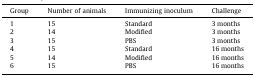
<table><thead><tr><td><b>Group</b></td><td><b>Number of animals</b></td><td><b>Immunizing inoculum</b></td><td><b>Challenge</b></td></tr></thead><tbody><tr><td>1</td><td>15</td><td>Standard</td><td>3 months</td></tr><tr><td>2</td><td>14</td><td>Modified</td><td>3 months</td></tr><tr><td>3</td><td>15</td><td>PBS</td><td>3 months</td></tr><tr><td>4</td><td>15</td><td>Standard</td><td>16 months</td></tr><tr><td>5</td><td>14</td><td>Modified</td><td>16 months</td></tr><tr><td>6</td><td>15</td><td>PBS</td><td>16 months</td></tr></tbody></table>